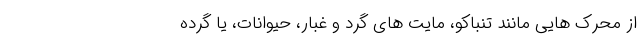
از محرک هایی مانند تنباکو، مایت های گرد و غبار، حیوانات، یا گرده